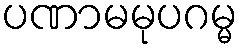
ပဏာမမုပဂမ္မ